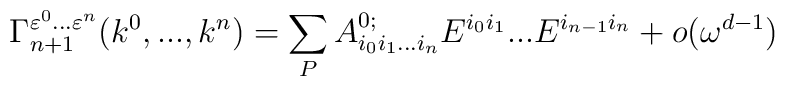
\Gamma_{n+1}^{\varepsilon^0...\varepsilon^n}(k^0,...,k^n) =\sum\limits_PA^{0;}_{i_0i_1...i_n}E^{i_0i_1}...E^{i_{n-1}i_n}+o(\omega^{d-1})